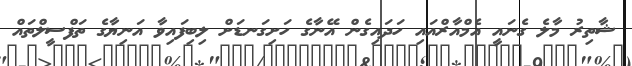
ޝާތިރު މާލެ ގެެނައީ އެމްއާރްއައި ހަދައިގެން އޭނާގެ ހަށިގަނޑަށް ލިބިފައިވާ އަނިޔާގެ ތަފްސީލްތައް